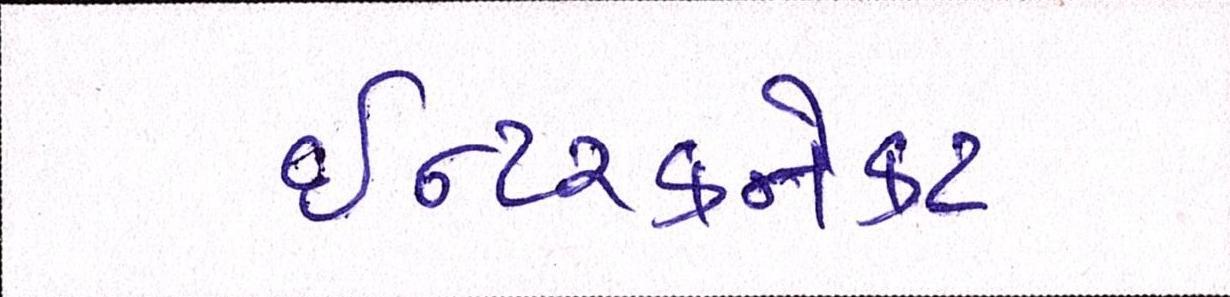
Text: ઈન્ટરકનેકટ